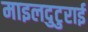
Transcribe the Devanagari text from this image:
माइलदुटुराई